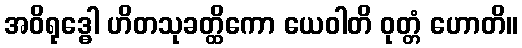
အဝိရုဒ္ဓေါ ဟိတသုခတ္ထိကော ယေဝါတိ ဝုတ္တံ ဟောတိ။